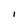
Character: I